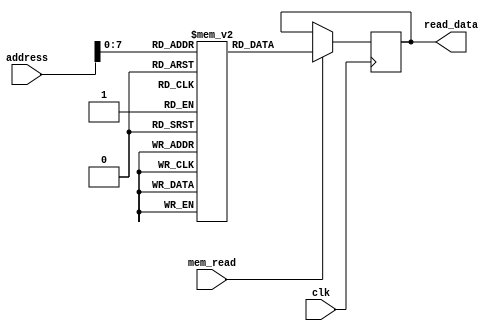
module data_memory(
    input clk,
    input mem_read,
    input [31:0] address,
    output reg [31:0] read_data
);
    reg [31:0] memory [255:0];  // Example small memory

    // Read from memory
    always @(posedge clk) begin
        if (mem_read) begin
            read_data <= memory[address[7:0]];  // Assume word aligned addresses
        end
    end
endmodule